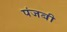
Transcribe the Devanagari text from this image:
पंजबी